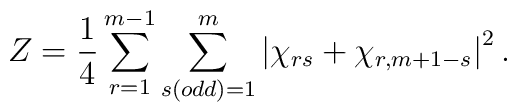
Z=\frac{1}{4}\sum_{r=1}^{m-1}\sum_{s(odd)=1}^{m}\left| \chi _{rs}+\chi_{r,m+1-s}\right| ^{2}.